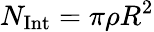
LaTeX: N_{\mathrm{Int}}=\pi\rho R^{2}